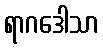
ရာဂဒေါသာ